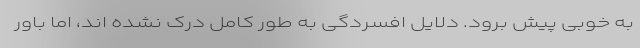
به خوبی پیش برود. دلایل افسردگی به طور کامل درک نشده اند، اما باور